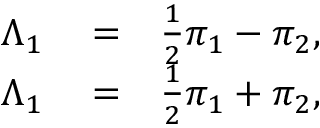
\begin{array} { r l r } { \Lambda _ { 1 } } & { { } = } & { \frac { 1 } { 2 } \pi _ { 1 } - \pi _ { 2 } , } \\ { \Lambda _ { 1 } } & { { } = } & { \frac { 1 } { 2 } \pi _ { 1 } + \pi _ { 2 } , } \end{array}